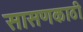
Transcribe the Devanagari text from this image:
सासणकाठी